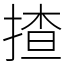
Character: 揸